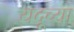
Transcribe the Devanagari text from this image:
यदूच्या